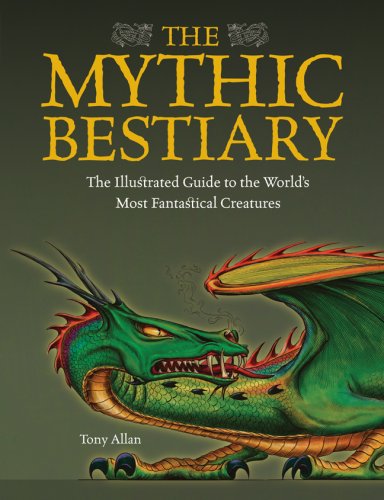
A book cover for The Mythic Bestiary: The Illustrated Guide to the World's Most Fantastical Creatures; Tony Allan; Literature & Fiction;